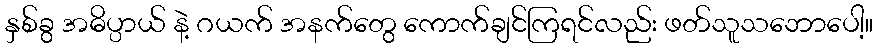
နှစ်ခွ အဓိပ္ပာယ် နဲ့ ဂယက် အနက်တွေ ကောက်ချင်ကြရင်လည်း ဖတ်သူသဘောပေါ့။